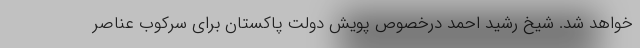
خواهد شد. شیخ رشید احمد درخصوص پویش دولت پاکستان برای سرکوب عناصر